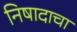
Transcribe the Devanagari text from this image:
निषादाचा